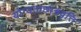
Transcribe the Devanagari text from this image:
योग्यताछात्रवृत्ति